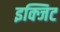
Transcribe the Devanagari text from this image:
इक्जिट